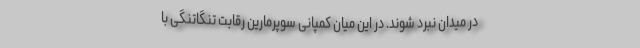
در میدان نبرد شوند. در این میان کمپانی سوپرمارین رقابت تنگاتنگی با